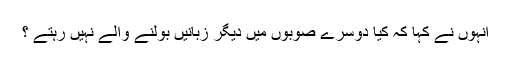
انہوں نے کہا کہ کیا دوسرے صوبوں میں دیگر زبانیں بولنے والے نہیں رہتے ؟